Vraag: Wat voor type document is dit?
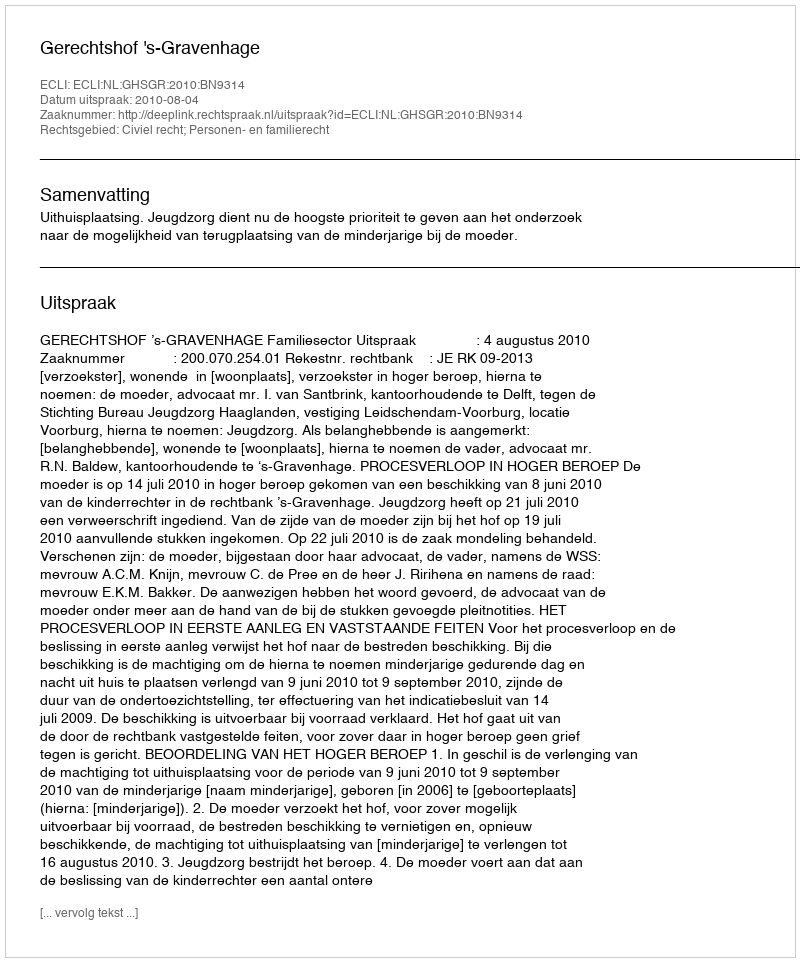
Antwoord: Uitspraak